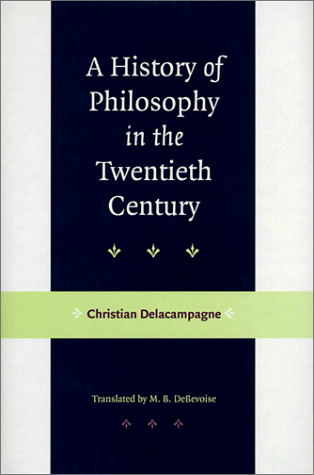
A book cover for A History of Philosophy in the Twentieth Century; Professor Christian Delacampagne; Politics & Social Sciences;